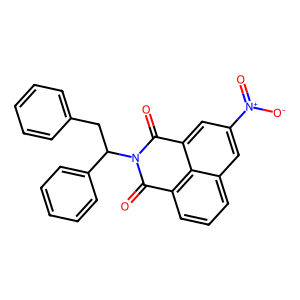
SMILES: O=C1c2cccc3cc([N+](=O)[O-])cc(c23)C(=O)N1C(Cc1ccccc1)c1ccccc1
Inhibits HIV replication: No